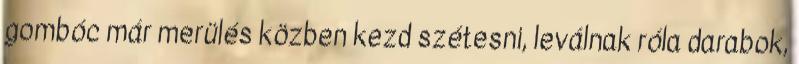
gombóc már merülés közben kezd szétesni, leválnak róla darabok,